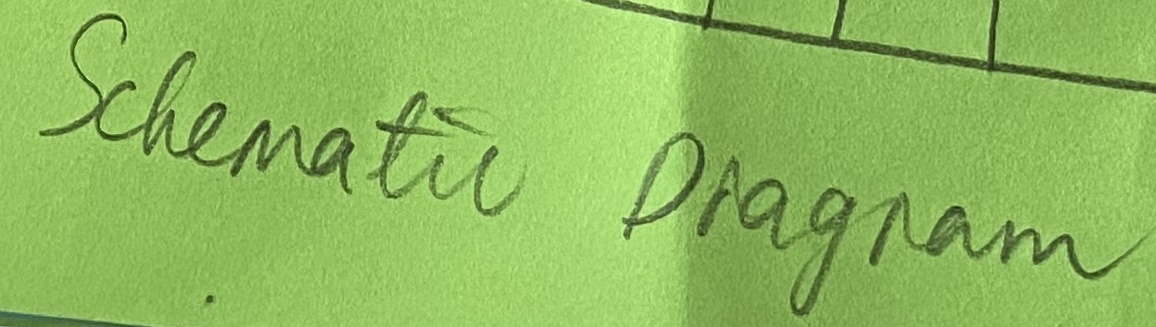
Text: Schematic Diagram